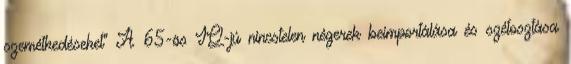
szemétkedéseket" A 65-ös IQ-jú nincstelen négerek beimportálása és szétosztása